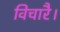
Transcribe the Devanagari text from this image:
विचारै।